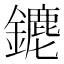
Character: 䥝